NAE_ERA_R-1950_Eesti_Ajakirjanike_Liit, lk 61
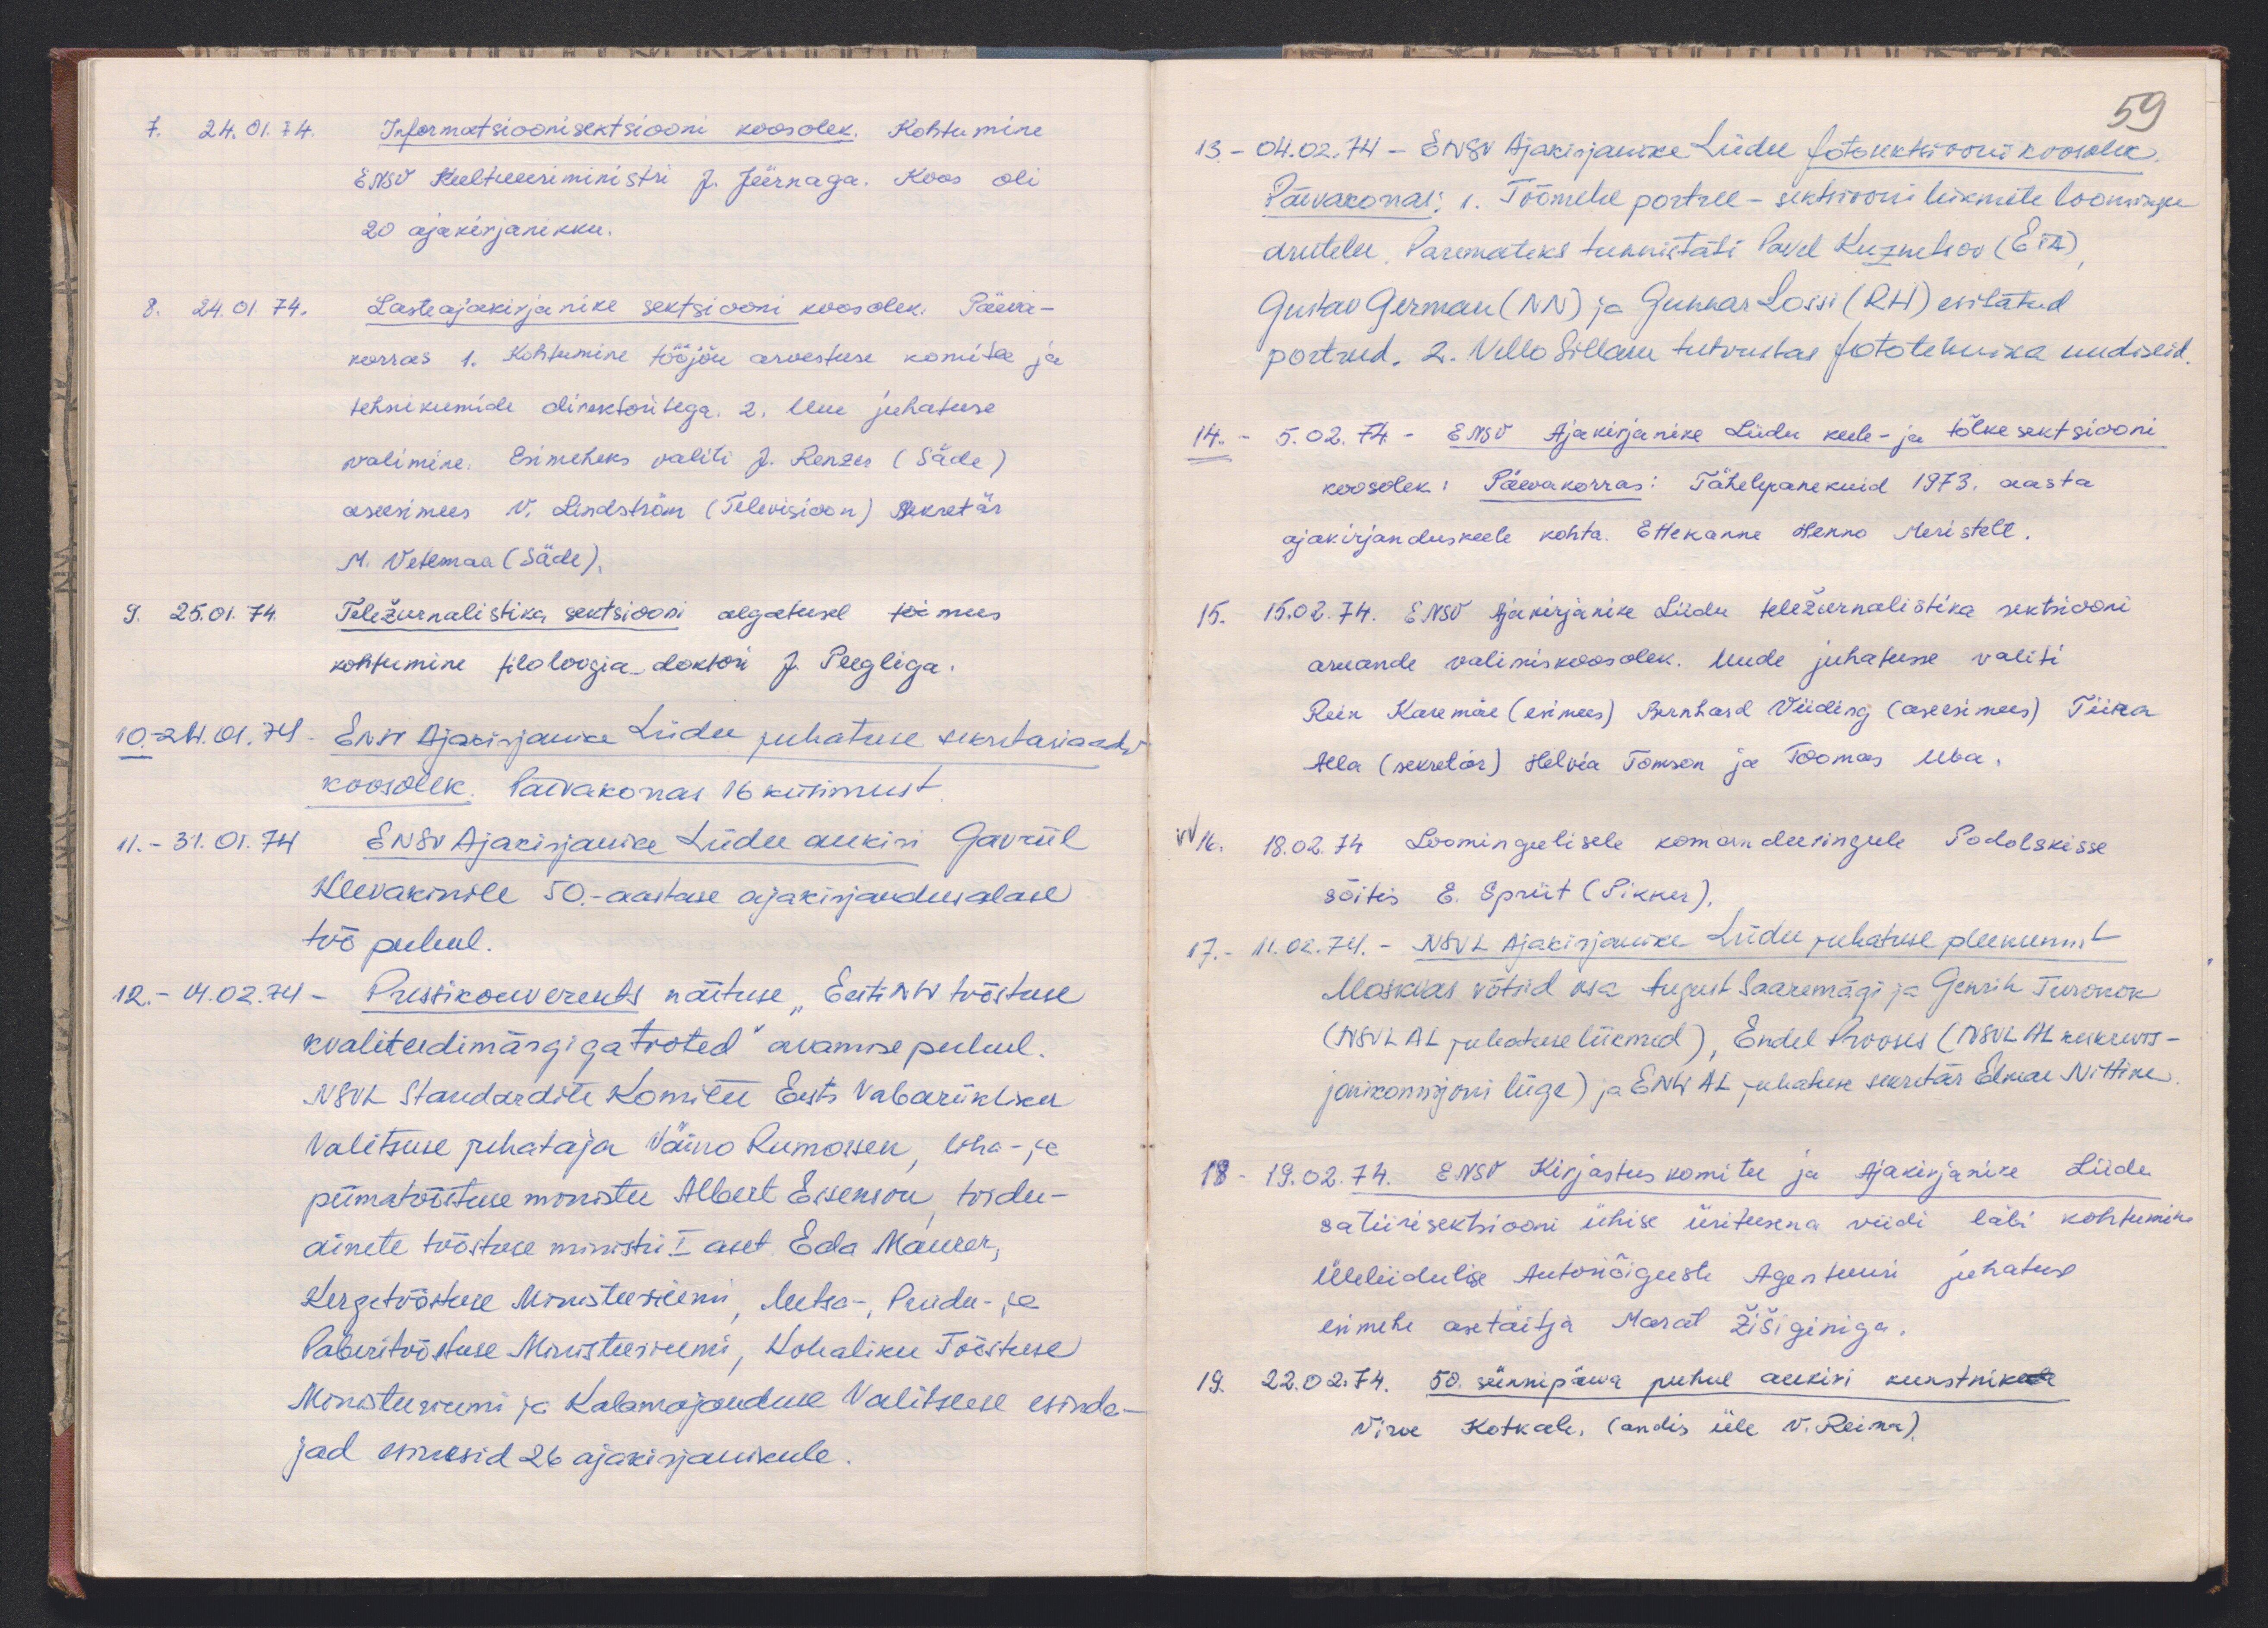
7. 24.01.74. Informatsioonisektsiooni koosolek. Kohtumine
ENSV Kultuuriministri J. Jürnaga. Koos oli
20 ajakirjanikku.
8. 24.01.74. Lasteajakirjanike sektsiooni koosolek. Päeva-
korras 1. Kohtumine tööjõu arvestuse komitee ja
tehnikumide direktoritega. 2. Uue juhatuse
valimine. Esimeheks valiti J. Renzer (Säde)
aseesimees V. Lindström (Televisioon) Sekretär
M. Vetemaa (Säde).
9. 25.01.74. Teležurnalistika sektsiooni algatusel toimus
kohtumine filoloogia doktori J. Peegliga.
10. 24.01.74. ENSV Ajakirjanike Liidu juhatuse sekretariaadi
koosolek. Päevakorras 16 küsimust
11. - 31.01.74 ENSV Ajakirjanike Liidu aukiri Gavriil
Klevakinile 50.-aastase ajakirjandusalase
töö puhul.
12. - 4.02.74 - Pressikonverents näituse "Eesti NSV tööstuse
kvaliteedimärgiga tooted" avamise puhlul.
NSVL Standardite Komitee Eesti Vabariikliku
Valitsuse juhataja Väino Rumossen, liha- ja
piimatööstuse minister Albert Essenson, toidu-
ainete tööstuse ministri I aset. Eda Maurer,
Kergetööstuse Ministeeriumi, Metsa-, Puidu- ja
Paberitööstuse Ministeeriumi, Kohaliku Tööstuse
Ministeeriumi ja Kalamajanduse Valitsuse esinda-
jad esinesid 26 ajakirjanikule.

59
13. 04.02.74. ENSV Ajakirjanike Liidu fotosektsiooni koosolek.
Päevakorras: 1. Töömehe portree - sektsiooni liikmete loomingu
arutelu. Paremateks tunnistati Pavel Kusnetsov (ETA)
Gustav German (NN) ja Gunnar Lossi (RH) esitatud
portreed. 2. Vello Sillam tutvustas fototehnika uudiseid
14. - 5.02.74 - ENSV Ajakirjanike Liidu keele- ja tõlke sektsiooni
koosolek: Päevakorras: Tähelepanekuid 1973. aasta
ajakirjanduskeele kohta. Ettekanne Henno Meristelt.
15. 15.02.74. ENSV Ajakirjanike Liidu teležurnalistika sektsiooni
aruande valimiskoosolek. Uude juhatusse valiti
Rein Kasemäe (esimees) Bernhard Viiding (aseesimees) Tiina
Alla (sekretär) Helvia Tomson ja Toomas Uba.
VV 16. 18.02.74 Loomingulisele komandeeringule Podolskisse
sõitis E. Spriit (Pikker).
17. - 11.02.74. - NSVL Ajakirjanike Liidu juhatuse pleenumist
Moskvas võtsid osa August Saaremägi ja Genrih Turonok
(NSVL AL juhatuse liikmed), Endel Prooses (NSVL AL keskrevis-
jonikomisjoni liige) ja ENSV AL juhaluse sekretär Elmar Nittim
18. - 19.02.74. ENSV Kirjastus komitee ja Ajakirjanike Liidu
satiirisektsiooni ühise üritusena viidi läbi kohtume
Üleliidulise Autoriõiguste Agenturi juhatuse
esimehe asetäitja Marat Žišiginiga.
19. 22.02.74. 50. sünnipäeva puhul aukiri kunstnikule
Virve Kotkale, (andis üle V. Reima).